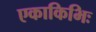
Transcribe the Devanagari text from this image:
एकाकिभिः